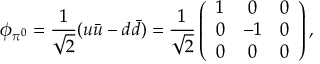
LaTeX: \ \phi _ { \pi ^ { 0 } } = \frac { 1 } { \sqrt { 2 } } ( u \bar { u } - d \bar { d } ) = \frac { 1 } { \sqrt { 2 } } \left( \begin{array} { c c c } { { 1 } } & { { 0 } } & { { 0 } } \\ { { 0 } } & { { - 1 } } & { { 0 } } \\ { { 0 } } & { { 0 } } & { { 0 } } \end{array} \right) ,